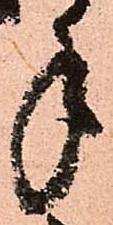
手